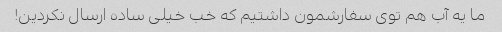
ما یه آب هم توی سفارشمون داشتیم که خب خیلی ساده ارسال نکردین!